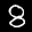
Label: 8